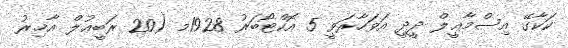
ކަކާގޭ އިސްމާޢީލް ދީދީ އަވަހާރަވީ 5 އޮކްޓޯބަރު 1928މ (20 ރަބީޢުލް އާޚިރު